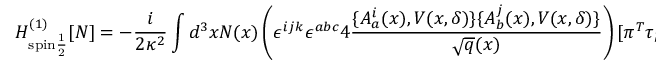
H _ { \mathrm { s p i n \frac { 1 } { 2 } } } ^ { ( 1 ) } [ N ] = - \frac { i } { 2 \kappa ^ { 2 } } \int d ^ { 3 } x N ( x ) \left( \epsilon ^ { i j k } \epsilon ^ { a b c } 4 \frac { \{ A _ { a } ^ { i } ( x ) , V ( x , \delta ) \} \{ A _ { b } ^ { j } ( x ) , V ( x , \delta ) \} } { \sqrt { q } ( x ) } \right) [ \pi ^ { T } \tau _ { k } { \cal D } _ { c } \xi - c . c . ]